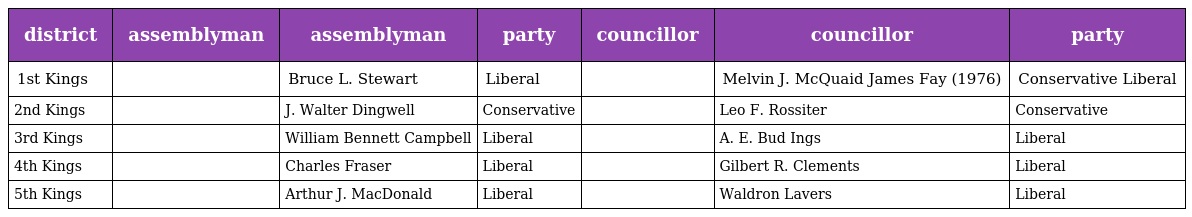
| district | assemblyman | assemblyman | party | councillor | councillor | party |
 | --- | --- | --- | --- | --- | --- | --- |
 | 1st Kings |  | Bruce L. Stewart | Liberal |  | Melvin J. McQuaid James Fay (1976) | Conservative Liberal |
 | 2nd Kings |  | J. Walter Dingwell | Conservative |  | Leo F. Rossiter | Conservative |
 | 3rd Kings |  | William Bennett Campbell | Liberal |  | A. E. Bud Ings | Liberal |
 | 4th Kings |  | Charles Fraser | Liberal |  | Gilbert R. Clements | Liberal |
 | 5th Kings |  | Arthur J. MacDonald | Liberal |  | Waldron Lavers | Liberal |